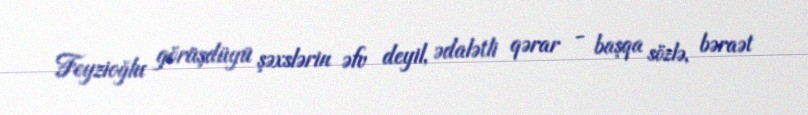
Feyzioğlu görüşdüyü şəxslərin əfv deyil, ədalətli qərar - başqa sözlə, bəraət